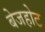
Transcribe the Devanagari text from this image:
बेजहोट